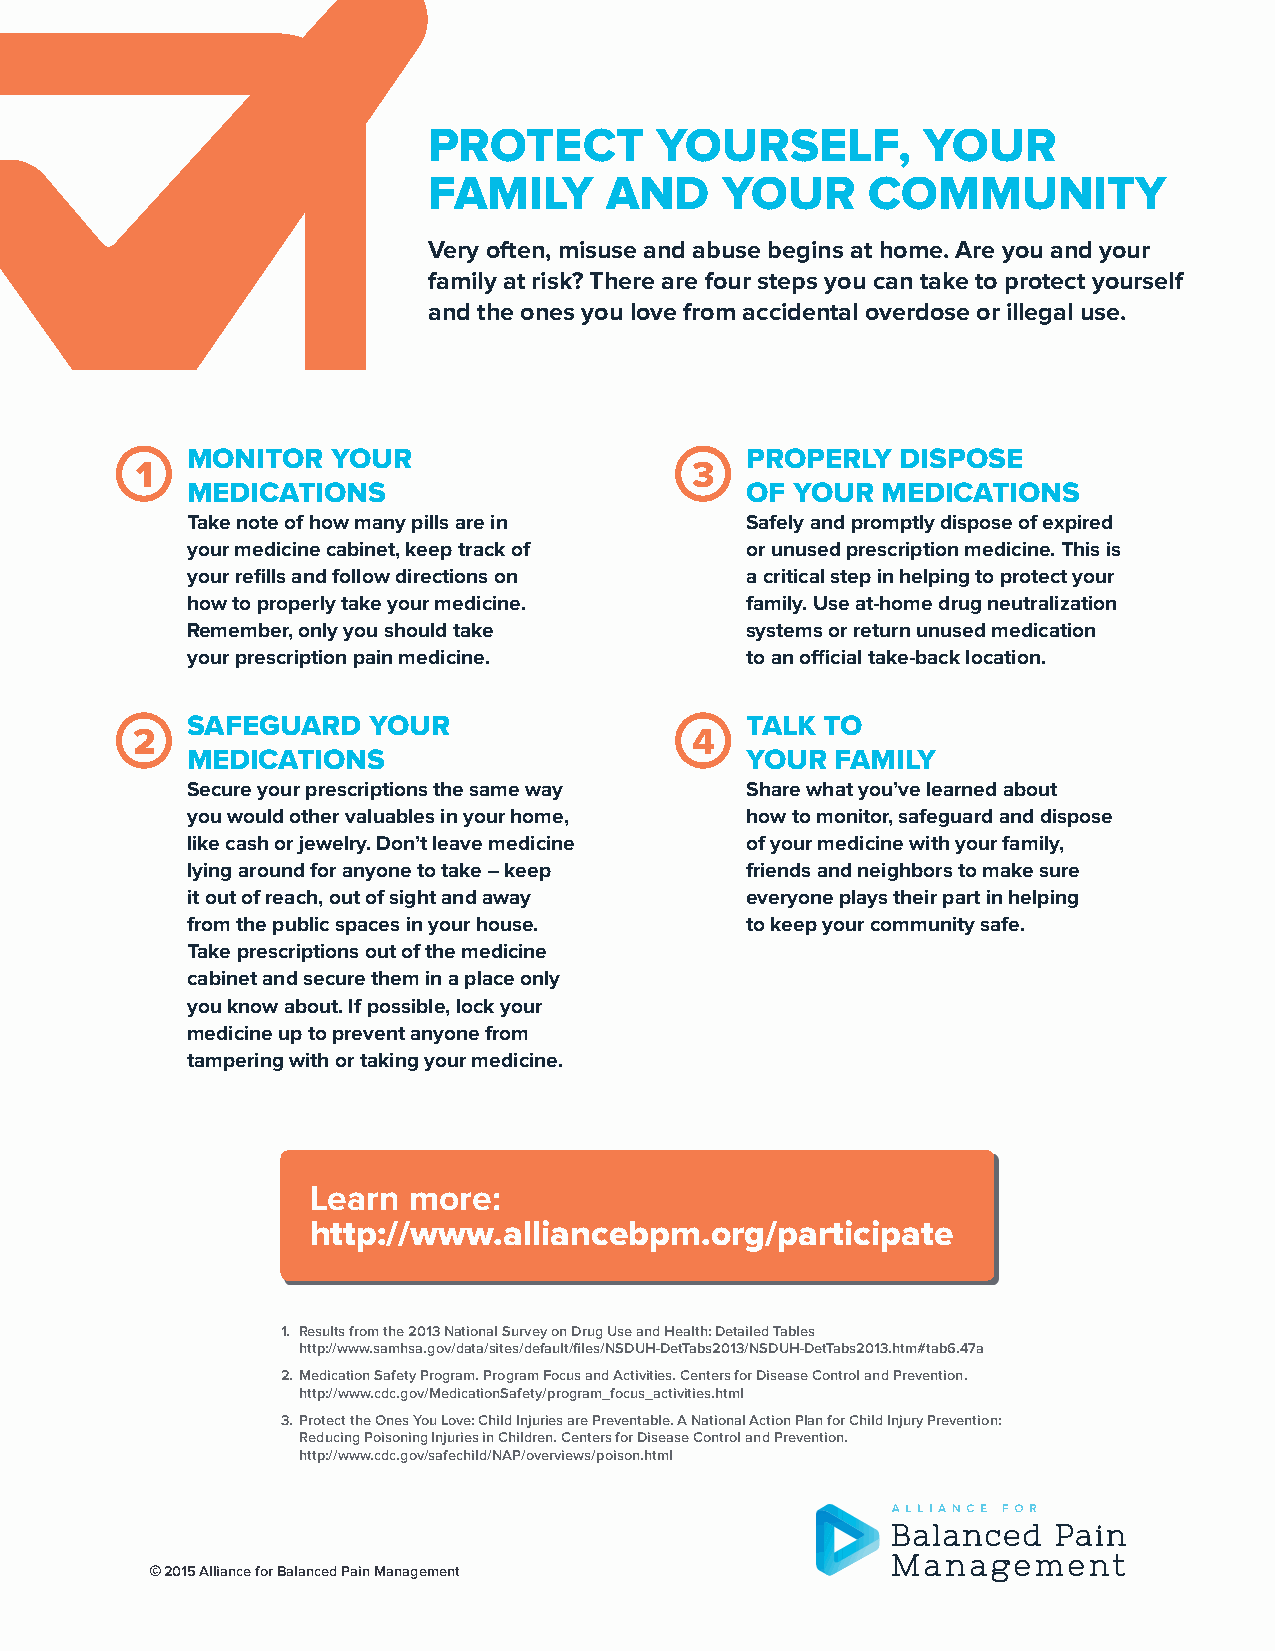
PROTECT        YOURSELF,         YOUR
 FAMILY      AND     YOUR     COMMUNITY
 Very often, misuse and abuse begins at home. Are you and your
 family at risk? There are four steps you can take to protect yourself
 and the ones you love from accidental overdose or illegal use.
 MONITOR   YOUR                       PROPERLY   DISPOSE
 1                                    3
 MEDICATIONS                          OF YOUR  MEDICATIONS
 Take note of how many pills are in   Safely and promptly dispose of expired
 your medicine cabinet, keep track of or unused prescription medicine. This is
 your refills and follow directions on a critical step in helping to protect your
 how to properly take your medicine.  family. Use at-home drug neutralization
 Remember, only you should take       systems or return unused medication
 your prescription pain medicine.     to an official take-back location.
 SAFEGUARD   YOUR                     TALK  TO
 2                                    4
 MEDICATIONS                          YOUR  FAMILY
 Secure your prescriptions the same way Share what you’ve learned about
 you would other valuables in your home, how to monitor, safeguard and dispose
 like cash or jewelry. Don’t leave medicine of your medicine with your family,
 lying around for anyone to take – keep friends and neighbors to make sure
 it out of reach, out of sight and away everyone plays their part in helping
 from the public spaces in your house. to keep your community safe.
 Take prescriptions out of the medicine
 cabinet and secure them in a place only
 you know about. If possible, lock your
 medicine up to prevent anyone from
 tampering with or taking your medicine.
 Learn more:
 http://www.alliancebpm.org/participate
 1. Results from the 2013 National Survey on Drug Use and Health: Detailed Tables
 http://www.samhsa.gov/data/sites/default/files/NSDUH-DetTabs2013/NSDUH-DetTabs2013.htm#tab6.47a
 2. Medication Safety Program. Program Focus and Activities. Centers for Disease Control and Prevention.
 http://www.cdc.gov/MedicationSafety/program_focus_activities.html
 3. Protect the Ones You Love: Child Injuries are Preventable. A National Action Plan for Child Injury Prevention:
 Reducing Poisoning Injuries in Children. Centers for Disease Control and Prevention.
 http://www.cdc.gov/safechild/NAP/overviews/poison.html
 © 2015 Alliance for Balanced Pain Management